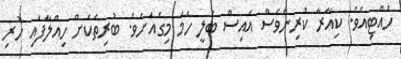
ހުއްޓިއެވެ. ކިއާރާ ކުރިންވެސް އައިސް ބެލީ ހަމަ މިގެއަށެވެ. ބުރިތަކަށް ހިއްލާފައި ހުރި